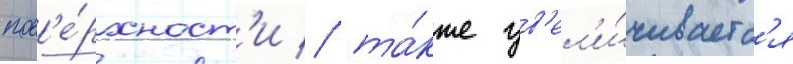
пов'е́рхност'и / та́кже ув'ел'и́чиваетс'я